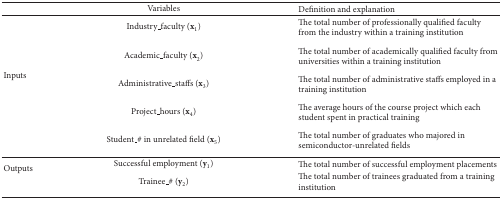
<table><thead><tr><td><b> </b></td><td><b>Variables</b></td><td><b>Definition and explanation</b></td></tr></thead><tbody><tr><td rowspan="5">Inputs</td><td>Industry_faculty (<b>x</b><sub>1</sub>)</td><td>The total number of professionally qualified faculty from the industry within a training institution </td></tr><tr><td>Academic_faculty (<b>x</b><sub>2</sub>)</td><td>The total number of academically qualified faculty from universities within a training institution</td></tr><tr><td>Administrative_staffs (<b>x</b><sub>3</sub>)</td><td>The total number of administrative staffs employed in a training institution </td></tr><tr><td>Project_hours (<b>x</b><sub>4</sub>)</td><td>The average hours of the course project which each student spent in practical training</td></tr><tr><td>Student_# in unrelated field (<b>x</b><sub>5</sub>)</td><td>The total number of graduates who majored in semiconductor-unrelated fields </td></tr><tr><td rowspan="2">Outputs</td><td>Successful employment (<b>y</b><sub>1</sub>)</td><td>The total number of successful employment placements </td></tr><tr><td>Trainee_# (<b>y</b><sub>2</sub>)</td><td>The total number of trainees graduated from a training institution </td></tr></tbody></table>